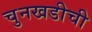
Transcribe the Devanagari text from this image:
चुनखडीची